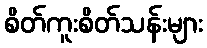
စိတ်ကူးစိတ်သန်းများ